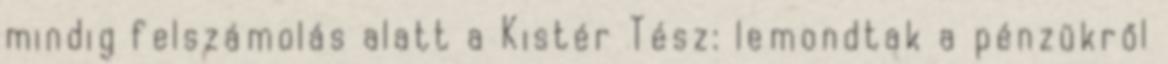
mindig felszámolás alatt a Kistér Tész: lemondtak a pénzükről